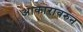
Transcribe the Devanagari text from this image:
आकारावरुन